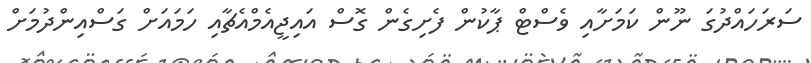
ސަރަހައްދުގަ ނޫން ކަަމަށާއި ވެސްޓް ޕާކުން ފެށިގެން ގޮސް އައިޖީއެމްއެޗާއި ހަަމައަށް ގަސްއިންދުމަށް